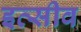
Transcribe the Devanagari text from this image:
इव्सीव